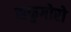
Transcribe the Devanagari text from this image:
सकुगोरो